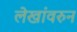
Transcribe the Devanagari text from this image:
लेखांवरुन